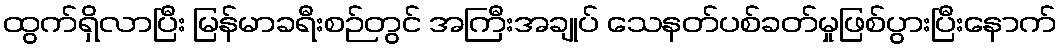
ထွက်ရှိလာပြီး မြန်မာခရီးစဉ်တွင် အကြီးအချုပ် သေနတ်ပစ်ခတ်မှုဖြစ်ပွားပြီးနောက်